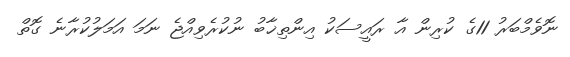
ނޮވެމްބަރު 11ގެ ކުރިން އާ ރައީސަކު އިންތިޚާބު ނުކުރެވިއްޖެ ނަމަ އަމަލުކުރާނެ ގޮތް